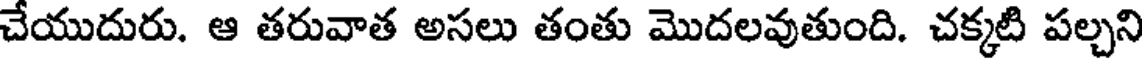
చేయుదురు. ఆ తరువాత అసలు తంతు మొదలవుతుంది. చక్కటి పల్చని